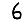
Digit: 6